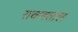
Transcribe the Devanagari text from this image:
रावणताल